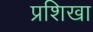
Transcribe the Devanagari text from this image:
प्रशिखा